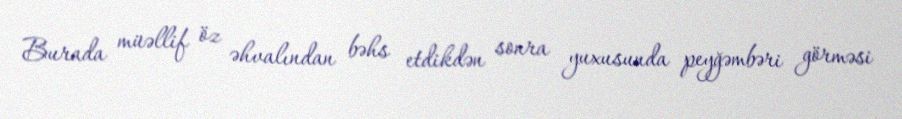
Burada müəllif öz əhvalından bəhs etdikdən sonra yuxusunda peyğəmbəri görməsi